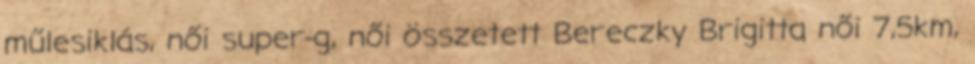
műlesiklás, női super-g, női összetett Bereczky Brigitta női 7,5km,